Indian journal of veterinary science and animal husbandry - Volume 2,
Year: 1932
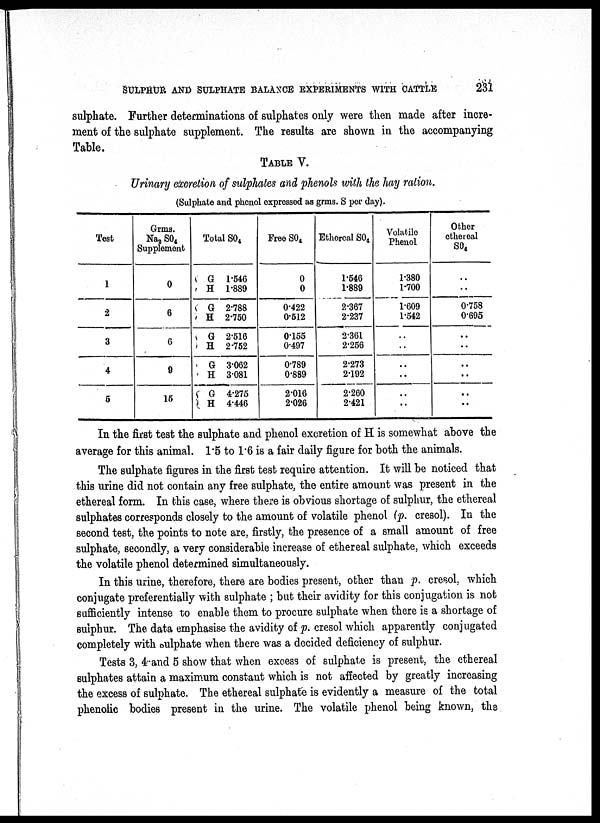
SULPHUR AND SULPHATE BALANCE EXPERIMENTS WITH CATTLE
231
sulphate. Further determinations of sulphates only were then made after incre-
ment of the sulphate supplement. The results are shown in the accompanying
Table.
TABLE V.
Urinary excretion of sulphates and phenols with the hay ration.
(Sulphate and phenol expressed as grms. S per day).
Test
1
2
3
4
6
Grms.
Na 2 SO 4
Supplement
0
6
6
9
15
Total SO 4
G 1.546
H 1.889
G 2.788
H 2.750
G 2.516
H 2.752
G 3.062
H 3.081
G 4.275
H 4.446
Free SO 4
0
0
0.422
0.512
0.155
0.497
0.789
0.889
2.016
2.026
Ethereal SO 4
1.546
1.889
2.367
2.237
2.361
2.256
2.273
2.192
2.260
2.421
Volatile
Phenol
1.380
1.700
1.609
1.542
..
..
..
..
..
..
Other
ethereal
SO 4
..
..
0.758
0.695
..
..
..
..
..
..
In the first test the sulphate and phenol excretion of H is somewhat above the
average for this animal. 1.5 to 1.6 is a fair daily figure for both the animals.
The sulphate figures in the first test require attention. It will be noticed that
this urine did not contain any free sulphate, the entire amount was present in the
ethereal form. In this case, where there is obvious shortage of sulphur, the ethereal
sulphates corresponds closely to the amount of volatile phenol (p. cresol). In the
second test, the points to note are, firstly, the presence of a small amount of free
sulphate, secondly, a very considerable increase of ethereal sulphate, which exceeds
the volatile phenol determined simultaneously.
In this urine, therefore, there are bodies present, other than p. cresol. which
conjugate preferentially with sulphate ; but their avidity for this conjugation is not
sufficiently intense to enable them to procure sulphate when there is a shortage of
sulphur. The data emphasise the avidity of p. cresol which apparently conjugated
completely with sulphate when there was a decided deficiency of sulphur.
Tests 3, 4 and 5 show that when excess of sulphate is present, the ethereal
sulphates attain a maximum constant which is not affected by greatly increasing
the excess of sulphate. The ethereal sulphate is evidently a measure of the total
phenolic bodies present in the urine. The volatile phenol being known, the